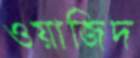
ওয়াজিদ